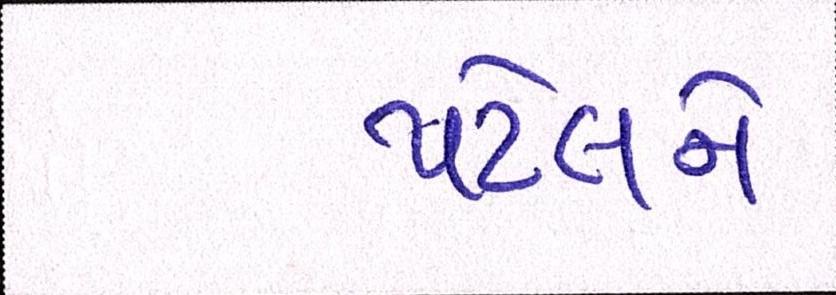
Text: પટેલને